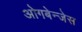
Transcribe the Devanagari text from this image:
ओगबेन्जेस